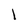
Character: l